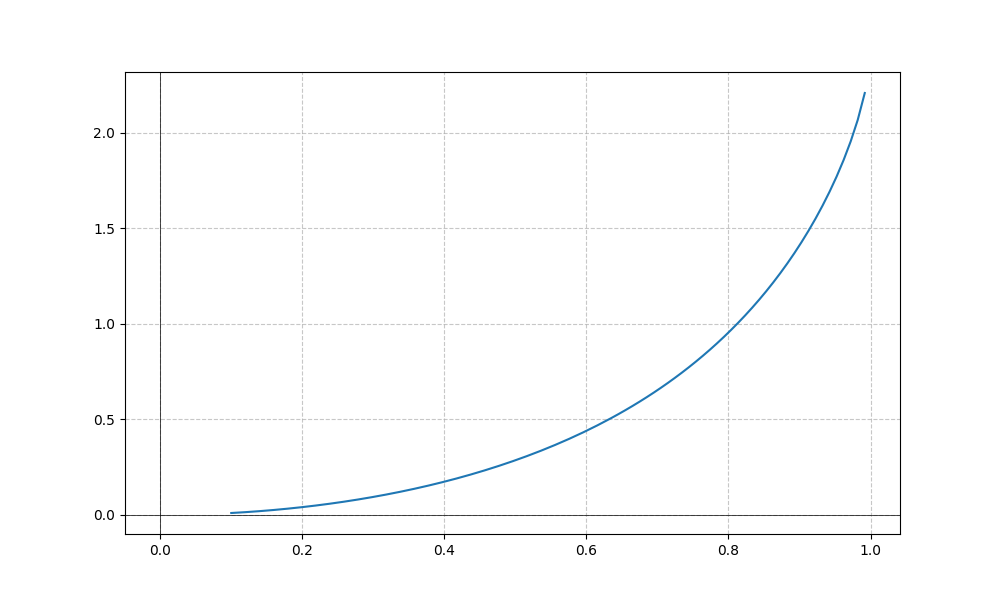
LaTeX formula: \tan{\left(x \right)} \operatorname{asin}{\left(x \right)}